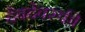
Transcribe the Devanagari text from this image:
देवदेवस्की